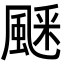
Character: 𩗞